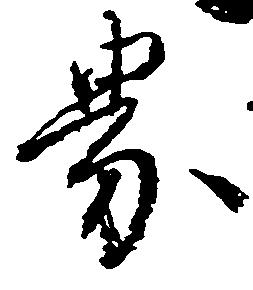
界